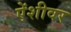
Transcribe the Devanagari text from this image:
ऐंशीवर